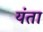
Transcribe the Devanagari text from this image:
यंता